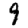
Digit: 9